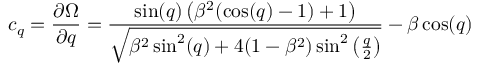
c _ { q } = \frac { \partial \Omega } { \partial q } = \frac { \sin ( q ) \left( \beta ^ { 2 } ( \cos ( q ) - 1 ) + 1 \right) } { \sqrt { \beta ^ { 2 } \sin ^ { 2 } ( q ) + 4 ( 1 - \beta ^ { 2 } ) \sin ^ { 2 } \left( \frac { q } { 2 } \right) } } - \beta \cos ( q )